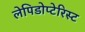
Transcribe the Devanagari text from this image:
लेपिडोप्टेरिस्ट